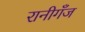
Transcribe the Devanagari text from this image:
रानीगँज